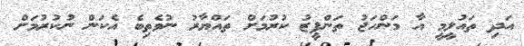
އަދި ތައުލީމީ އާ މަންހަޖު ތަންފީޒު ކުރުމަށް ތައްޔާރު ނުވެތިބެ އެކަން ނުކުރުމަށް